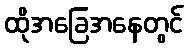
ထိုအခြေအနေတွင်